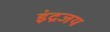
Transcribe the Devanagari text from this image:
इंद्रजय